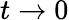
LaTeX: t\rightarrow 0